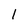
Character: 1